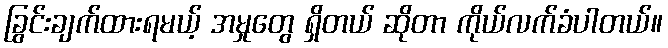
ခြွင်းချက်ထားရမယ့် အမှုတွေ ရှိတယ် ဆိုတာ ကိုယ်လက်ခံပါတယ်။